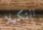
التكيلا